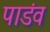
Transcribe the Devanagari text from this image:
पाडंव